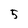
Character: 5